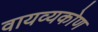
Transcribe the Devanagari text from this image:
वायव्यकोण